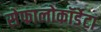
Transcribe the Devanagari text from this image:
सेफालोकॉर्डेटा